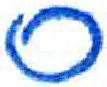
אות: ס